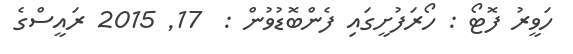
ހަވީރު ފޮޓޯ : ހޯރަފުށީގައި ފެންބޮޑުވުން :  17